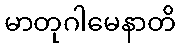
မာတုဂါမေနာတိ